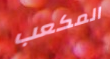
المكعب